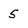
Character: 5